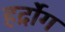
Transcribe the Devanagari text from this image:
हर्द्रोग